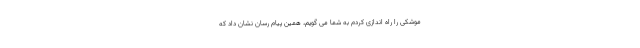
موشکی را راه اندازی کردم به شما می گویم، همین پیام رسان نشان داد که